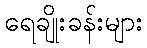
ရေချိုးခန်းများ